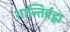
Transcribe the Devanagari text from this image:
शान्तिर्ब्रह्म